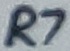
Text: R7